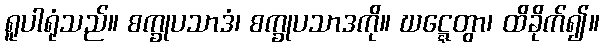
ရူပါရုံသည်။ စက္ခုပသာဒံ၊ စက္ခုပသာဒကို။ ဃဋ္ဋေတွာ၊ ထိခိုက်၍။